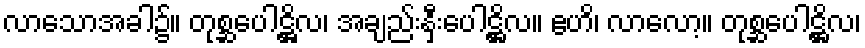
လာသောအခါ၌။ တုစ္ဆပေါဋ္ဌိလ၊ အချည်းနှီးပေါဋ္ဌိလ။ ဧဟိ၊ လာလော့။ တုစ္ဆပေါဋ္ဌိလ၊